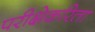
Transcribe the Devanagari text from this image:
परीक्षेकरिता